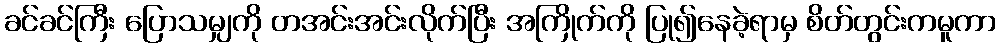
ခင်ခင်ကြီး ပြောသမျှကို တအင်းအင်းလိုက်ပြီး အကြိုက်ကို ပြု၍နေခဲ့ရာမှ စိတ်တွင်းကမူကာ